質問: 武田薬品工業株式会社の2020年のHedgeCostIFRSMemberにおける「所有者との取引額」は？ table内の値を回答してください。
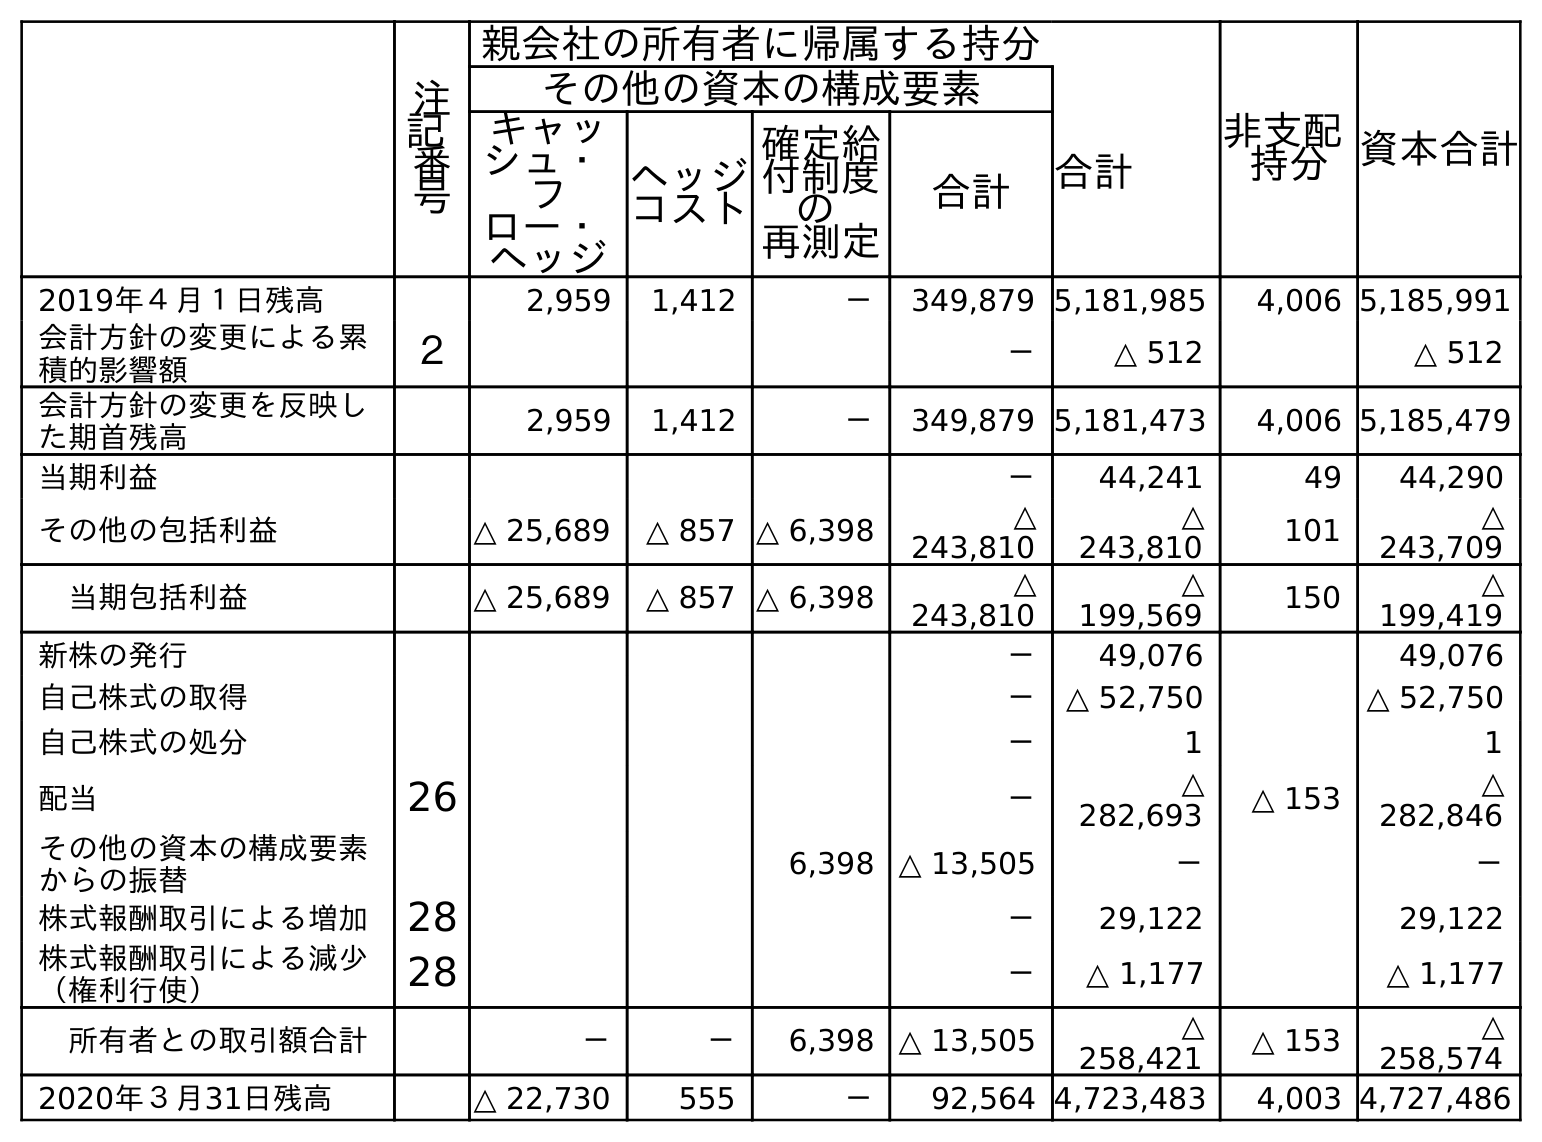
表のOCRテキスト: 注 記 番 号 親会社の所有者に帰属する持分 非支配 持分資本合計 その他の資本の構成要素 合計 キャッ シュ・ フ ロー・ ヘッジ ヘッジ コスト 確定給 付制度 の 再測定 合計 2019年４月１日残高 2,959 1,412 － 349,879 5,181,985 4,006 5,185,991 会計方針の変更による累 積的影響額 ２ － △ 512 △ 512 会計方針の変更を反映し た期首残高 2,959 1,412 － 349,879 5,181,473 4,006 5,185,479 当期利益 － 44,241 49 44,290 その他の包括利益 △ 25,689 △ 857 △ 6,398 △ 243,810 △ 243,810 101 △ 243,709 当期包括利益 △ 25,689 △ 857 △ 6,398 △ 243,810 △ 199,569 150 △ 199,419 新株の発行 － 49,076 49,076 自己株式の取得 － △ 52,750 △ 52,750 自己株式の処分 － 1 1 配当 26 － △ 282,693 △ 153 △ 282,846 その他の資本の構成要素 からの振替 6,398 △ 13,505 － － 株式報酬取引による増加 28 － 29,122 29,122 株式報酬取引による減少 （権利行使） 28 － △ 1,177 △ 1,177 所有者との取引額合計 － － 6,398 △ 13,505 △ 258,421 △ 153 △ 258,574 2020年３月31日残高 △ 22,730 555 － 92,564 4,723,483 4,003 4,727,486
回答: －